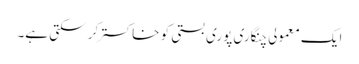
ایک معمولی چنگاری پوری بستی کو خاکستر کر سکتی ہے۔